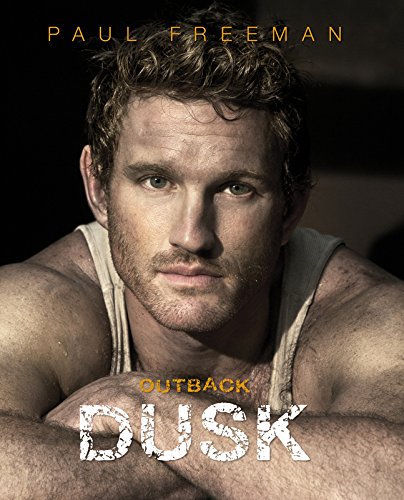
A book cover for Outback Dusk; Arts & Photography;